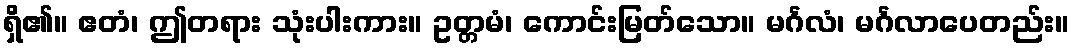
ရှိ၏။ ဧတံ၊ ဤတရား သုံးပါးကား။ ဥတ္တမံ၊ ကောင်းမြတ်သော။ မင်္ဂလံ၊ မင်္ဂလာပေတည်း။